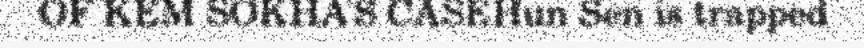
OF KEM SOKHA'S CASEHun Sen is trapped